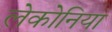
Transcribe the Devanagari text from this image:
लेकोनिया